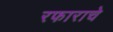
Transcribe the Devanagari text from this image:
रफाराचे